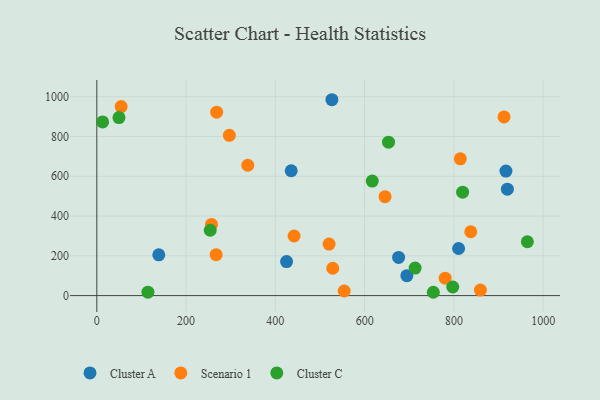
{"axis": {"x": "Investment", "y": "Sales"}, "legend": ["Cluster A", "Cluster C", "Scenario 1"], "data": [{"x": "810.5", "y": 236.7, "type": "Cluster A"}, {"x": "138.8", "y": 205.0, "type": "Cluster A"}, {"x": "435.5", "y": 627.8, "type": "Cluster A"}, {"x": "425.1", "y": 170.9, "type": "Cluster A"}, {"x": "526.7", "y": 984.9, "type": "Cluster A"}, {"x": "916.6", "y": 625.9, "type": "Cluster A"}, {"x": "919.8", "y": 535.0, "type": "Cluster A"}, {"x": "676.1", "y": 192.1, "type": "Cluster A"}, {"x": "694.6", "y": 100.2, "type": "Cluster A"}, {"x": "520.3", "y": 259.3, "type": "Scenario 1"}, {"x": "268.5", "y": 922.4, "type": "Scenario 1"}, {"x": "780.4", "y": 87.4, "type": "Scenario 1"}, {"x": "338.2", "y": 655.5, "type": "Scenario 1"}, {"x": "859.4", "y": 27.6, "type": "Scenario 1"}, {"x": "554.2", "y": 23.0, "type": "Scenario 1"}, {"x": "837.7", "y": 321.1, "type": "Scenario 1"}, {"x": "814.4", "y": 687.7, "type": "Scenario 1"}, {"x": "256.9", "y": 358.0, "type": "Scenario 1"}, {"x": "645.7", "y": 497.5, "type": "Scenario 1"}, {"x": "267.3", "y": 205.8, "type": "Scenario 1"}, {"x": "296.9", "y": 806.1, "type": "Scenario 1"}, {"x": "528.6", "y": 137.6, "type": "Scenario 1"}, {"x": "912.3", "y": 898.5, "type": "Scenario 1"}, {"x": "441.9", "y": 299.6, "type": "Scenario 1"}, {"x": "54.5", "y": 950.4, "type": "Scenario 1"}, {"x": "653.5", "y": 771.6, "type": "Cluster C"}, {"x": "753.9", "y": 16.7, "type": "Cluster C"}, {"x": "713.1", "y": 138.4, "type": "Cluster C"}, {"x": "49.6", "y": 894.9, "type": "Cluster C"}, {"x": "797.4", "y": 43.3, "type": "Cluster C"}, {"x": "617.1", "y": 575.7, "type": "Cluster C"}, {"x": "819.5", "y": 520.2, "type": "Cluster C"}, {"x": "114.5", "y": 17.3, "type": "Cluster C"}, {"x": "964.6", "y": 270.7, "type": "Cluster C"}, {"x": "254.1", "y": 328.5, "type": "Cluster C"}, {"x": "13.0", "y": 873.2, "type": "Cluster C"}]}